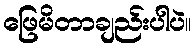
ဖြေမိတာချည်းပါပဲ။